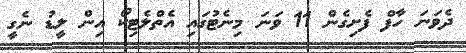
ދެވަނަ ހާފް ފެށިގެން 11 ވަނަ މިނެޓުގައި އެތްލެޓިކޯ އިން ލީޑު ނެގީ